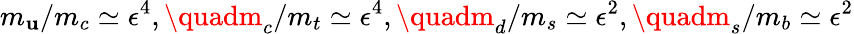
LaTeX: m_{\mathbf{u}}/m_{c}\simeq\epsilon^{4},\quadm_{c}/m_{t}\simeq\epsilon^{4},\quadm_{d}/m_{s}\simeq\epsilon^{2},\quadm_{s}/m_{b}\simeq\epsilon^{2}